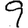
Digit: 9